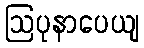
ဩပုနာပေယျ